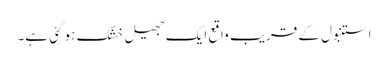
استنبول کے قریب واقع ایک جھیل خشک ہو گئی ہے۔